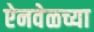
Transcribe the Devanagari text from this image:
ऐनवेळच्या